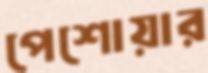
পেশোয়ার